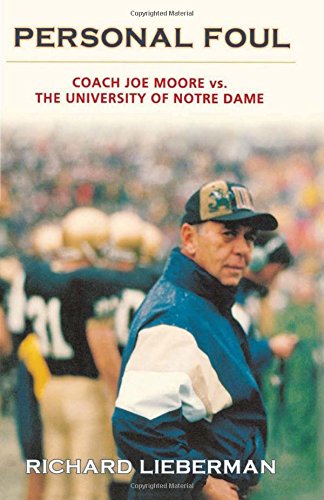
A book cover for Personal Foul: Coach Joe Moore vs. The University of Notre Dame; Richard Lieberman LIEBERMAN; Law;